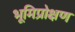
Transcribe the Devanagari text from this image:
भूमिप्रोक्षण